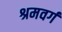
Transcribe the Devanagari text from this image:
श्रमवर्ग